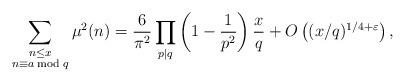
LaTeX: \begin{align*}\sum_{\substack{n\leq x\\ n\equiv a \bmod q}}\mu^2(n)=\frac{6}{\pi^2}\prod_{p\mid q}\left(1-\frac{1}{p^2}\right)\frac{x}{q}+O\left((x/q)^{1/4+\varepsilon}\right),\end{align*}